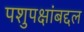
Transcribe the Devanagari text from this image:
पशुपक्षांबद्दल